Document type: Sale
Year: 1461
Scribe: [Unknown]
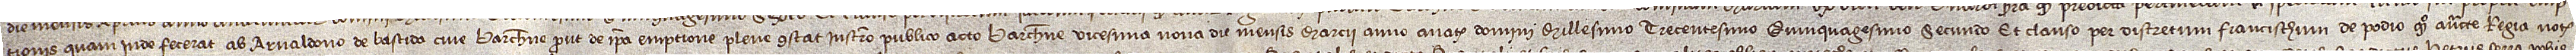
tionis quam inde fecerat ab Arnaldono de Bastida, cive Barchinone, prout de ipsa emptione plene constat instrumento publico acto Barchinone vicesima nona die mensis marcii, anno a Nativitate Domini millesimo trecentesimo quinquagesimo secundo, et clauso per discretum Francischum de Podio, quondam, auctoritate regia notarium